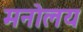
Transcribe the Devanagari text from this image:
मनोलय